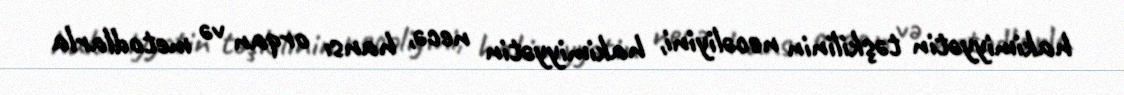
hakimiyyətin təşkilinin necəliyini, hakimiyyətin necə, hansı orqan və metodlarla